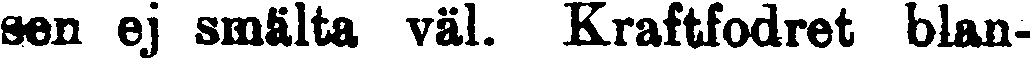
sen ej smälta väl. Kraftfodret blan-